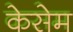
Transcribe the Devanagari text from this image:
केसेम